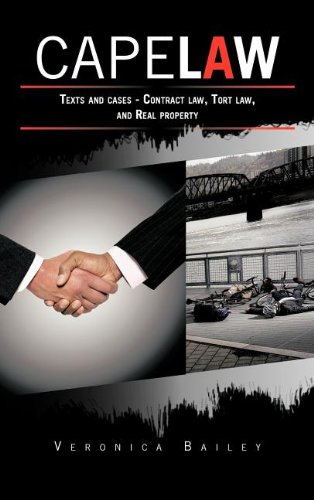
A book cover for CAPE LAW: Texts and cases - Contract law, Tort law, and Real property; Veronica Bailey; Law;